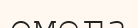
омега